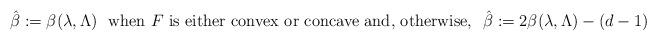
LaTeX: \begin{align*} \hat{\beta} : = \beta(\lambda,\Lambda) \ \hbox{ when } F \hbox{ is either convex or concave and, otherwise, } \ \hat{\beta}: = 2 \beta(\lambda,\Lambda)- (d-1) \end{align*}